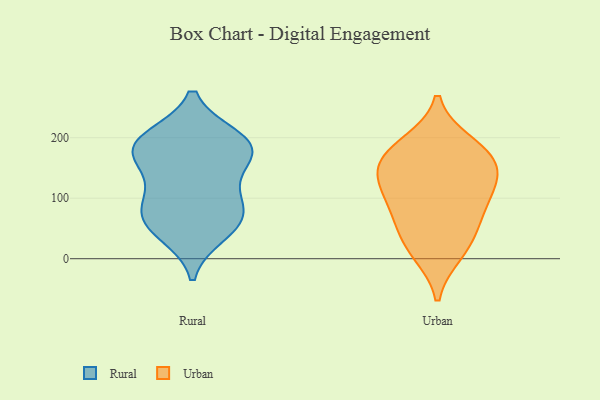
{"axis": {"x": "Operating Costs (USD K)", "y": "Value"}, "legend": ["Rural", "Urban"], "data": [{"x": "", "y": 95, "type": "Rural"}, {"x": "", "y": 115, "type": "Rural"}, {"x": "", "y": 79, "type": "Rural"}, {"x": "", "y": 199, "type": "Rural"}, {"x": "", "y": 196, "type": "Rural"}, {"x": "", "y": 176, "type": "Rural"}, {"x": "", "y": 42, "type": "Rural"}, {"x": "", "y": 189, "type": "Rural"}, {"x": "", "y": 165, "type": "Rural"}, {"x": "", "y": 61, "type": "Rural"}, {"x": "", "y": 59, "type": "Rural"}, {"x": "", "y": 174, "type": "Rural"}, {"x": "", "y": 77, "type": "Urban"}, {"x": "", "y": 178, "type": "Urban"}, {"x": "", "y": 24, "type": "Urban"}, {"x": "", "y": 107, "type": "Urban"}, {"x": "", "y": 137, "type": "Urban"}, {"x": "", "y": 115, "type": "Urban"}, {"x": "", "y": 160, "type": "Urban"}, {"x": "", "y": 59, "type": "Urban"}, {"x": "", "y": 189, "type": "Urban"}, {"x": "", "y": 11, "type": "Urban"}, {"x": "", "y": 156, "type": "Urban"}]}